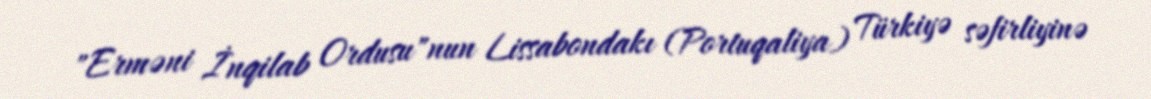
"Erməni İnqilab Ordusu"nun Lissabondakı (Portuqaliya) Türkiyə səfirliyinə